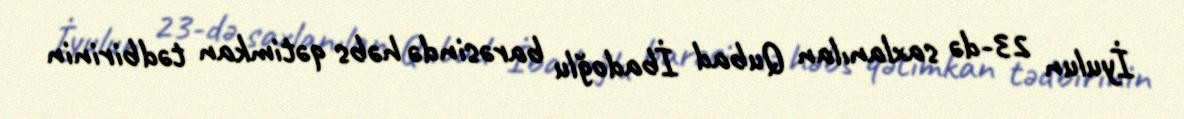
İyulun 23-də saxlanılan Qubad İbadoğlu barəsində həbs qətimkan tədbirinin